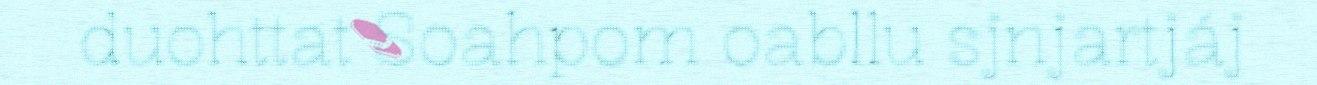
duohttat Soahpom oabllu sjnjartjáj